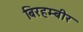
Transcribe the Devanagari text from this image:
बिरहम्बीर